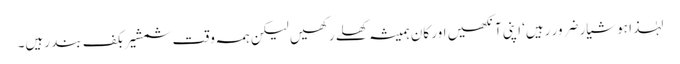
لہٰذا ہوشیار ضرور رہیں‘ اپنی آنکھیں اور کان ہمیشہ کھلے رکھیں لیکن ہمہ وقت شمشیر بکف بند رہیں۔